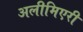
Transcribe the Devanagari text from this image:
अलीमिएरी